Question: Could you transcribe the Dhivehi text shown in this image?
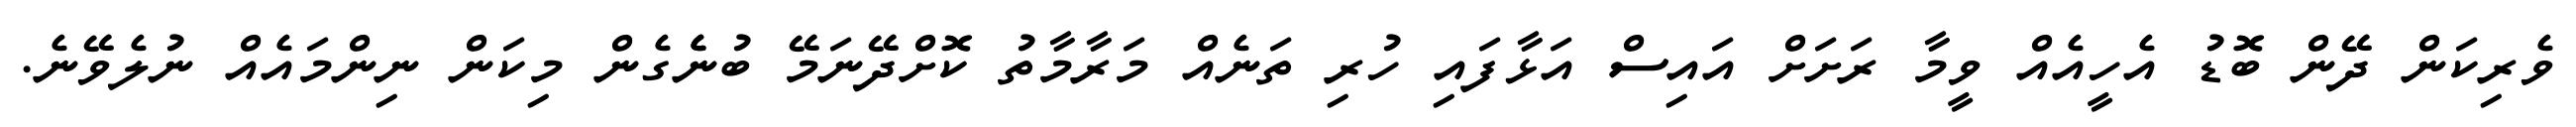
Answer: ވެރިކަން ދޭން ބޮޑު އެހީއެއް ވީމާ ރަށަށް އައިސް އަޅާފައި ހުރި ތަނެއް މަރާމާތު ކޮށްދޭނަމޭ ބުނެެގެން މިކަން ނިންމައެއް ނުލެވޭނެ.